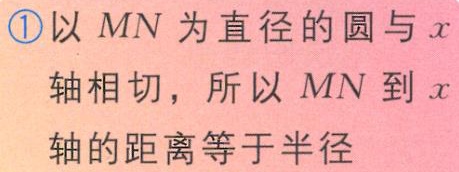
\textcircled{1}以 \(MN\) 为直径的圆与 \(x\) 轴相切，所以 \(MN\) 到 \(x\) 轴的距离等于半径